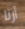
أرنا